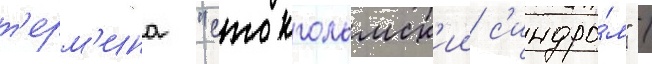
т'ерм'ина "стокгольмск'ии с'индро́м" /